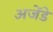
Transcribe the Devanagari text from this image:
अजेंडे